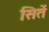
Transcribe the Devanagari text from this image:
सिर्ते